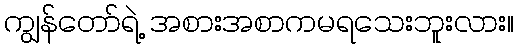
ကျွန်တော်ရဲ့ အစားအစာကမရသေးဘူးလား။